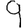
Digit: 9